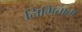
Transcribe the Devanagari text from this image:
लिमिताता